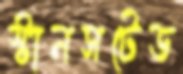
স্টানসটেড